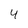
Character: 4